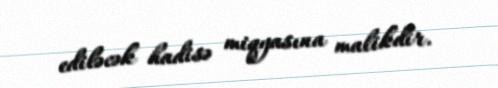
ediləcək hadisə miqyasına malikdir.